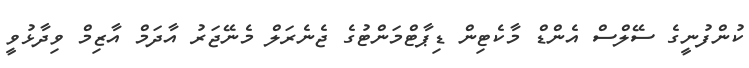
ކުންފުނީގެ ސޭލްސް އެންޑް މާކެޓިން ޑިޕާޓްމަންޓުގެ ޖެނެރަލް މެނޭޖަރު އާދަމް އާޒިމް ވިދާޅުވީ